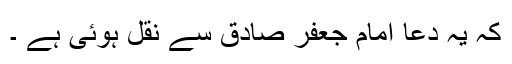
کہ یہ دعا امام جعفر صادؑق سے نقل ہوئی ہے ۔